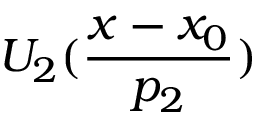
U _ { 2 } ( \frac { x - x _ { 0 } } { p _ { 2 } } )